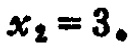
\(x_{2}=3_{\circ}\)